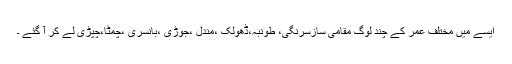
ایسے میں مختلف عمر کے چند لوگ مقامی سازسرنگی، طونبہ،ڈھولک ،مندل ،جوڑی ،بانسری ،چمٹا،چپڑی لے کر آ گئے ۔